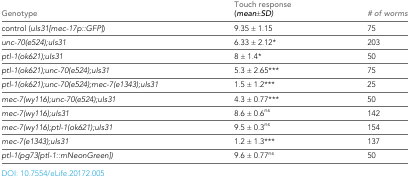
<table><thead><tr><td><b>Genotype</b></td><td><b>Touch response(<i>mean±SD)</i></b></td><td><b><i># of worms</i></b></td></tr></thead><tbody><tr><td>control (<i>uIs31[mec-17p::GFP]</i>)</td><td>9.35 ± 1.15</td><td>75</td></tr><tr><td>unc-70(e524);uIs31</td><td>6.33 ± 2.12*</td><td>203</td></tr><tr><td>ptl-1(ok621);uIs31</td><td>8 ± 1.4*</td><td>50</td></tr><tr><td>ptl-1(ok621);unc-70(e524);uIs31</td><td>5.3 ± 2.65***</td><td>75</td></tr><tr><td>ptl-1(ok621);unc-70(e524);mec-7(e1343);uIs31</td><td>1.5 ± 1.2***</td><td>25</td></tr><tr><td>mec-7(wy116);unc-70(e524);uIs31</td><td>4.3 ± 0.77***</td><td>50</td></tr><tr><td>mec-7(wy116);uIs31</td><td>8.6 ± 0.6<sup>ns</sup></td><td>142</td></tr><tr><td>mec-7(wy116);ptl-1(ok621);uIs31</td><td>9.5 ± 0.3<sup>ns</sup></td><td>154</td></tr><tr><td>mec-7(e1343);uIs31</td><td>1.2 ± 1.3***</td><td>137</td></tr><tr><td>ptl-1(pg73[ptl-1::mNeonGreen])</td><td>9.6 ± 0.77<sup>ns</sup></td><td>50</td></tr></tbody></table>